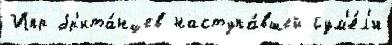
Ипр бр'ита́нцев наступа́вшей сум'е́л'и